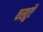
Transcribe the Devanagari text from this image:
वस्‍तुऍं